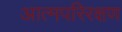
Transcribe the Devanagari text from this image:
आत्मपरिरक्षण